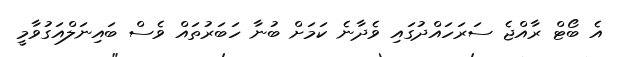
އެ ބޯޓް ރާއްޖެ ސަރަހައްދުގައި ވެދާނެ ކަމަށް ބުނާ ހަބަރުތައް ވެސް ބައިނަލްއަގުވާމީ